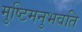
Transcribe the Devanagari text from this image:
मुष्टिमनुभवति